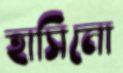
হাসিনো